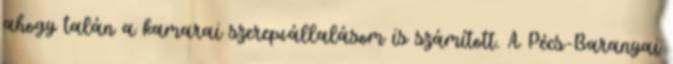
ahogy talán a kamarai szerepvállalásom is számított. A Pécs-Baranyai